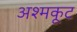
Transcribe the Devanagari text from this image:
अश्मकूट